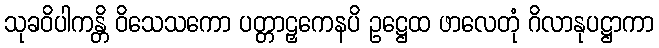
သုခဝိပါကန္တိ ဝိသေသကော ပတ္တာဠှကေနပိ ဥဋ္ဌေထ ဖာလေတုံ ဂိလာနုပဋ္ဌာကာ